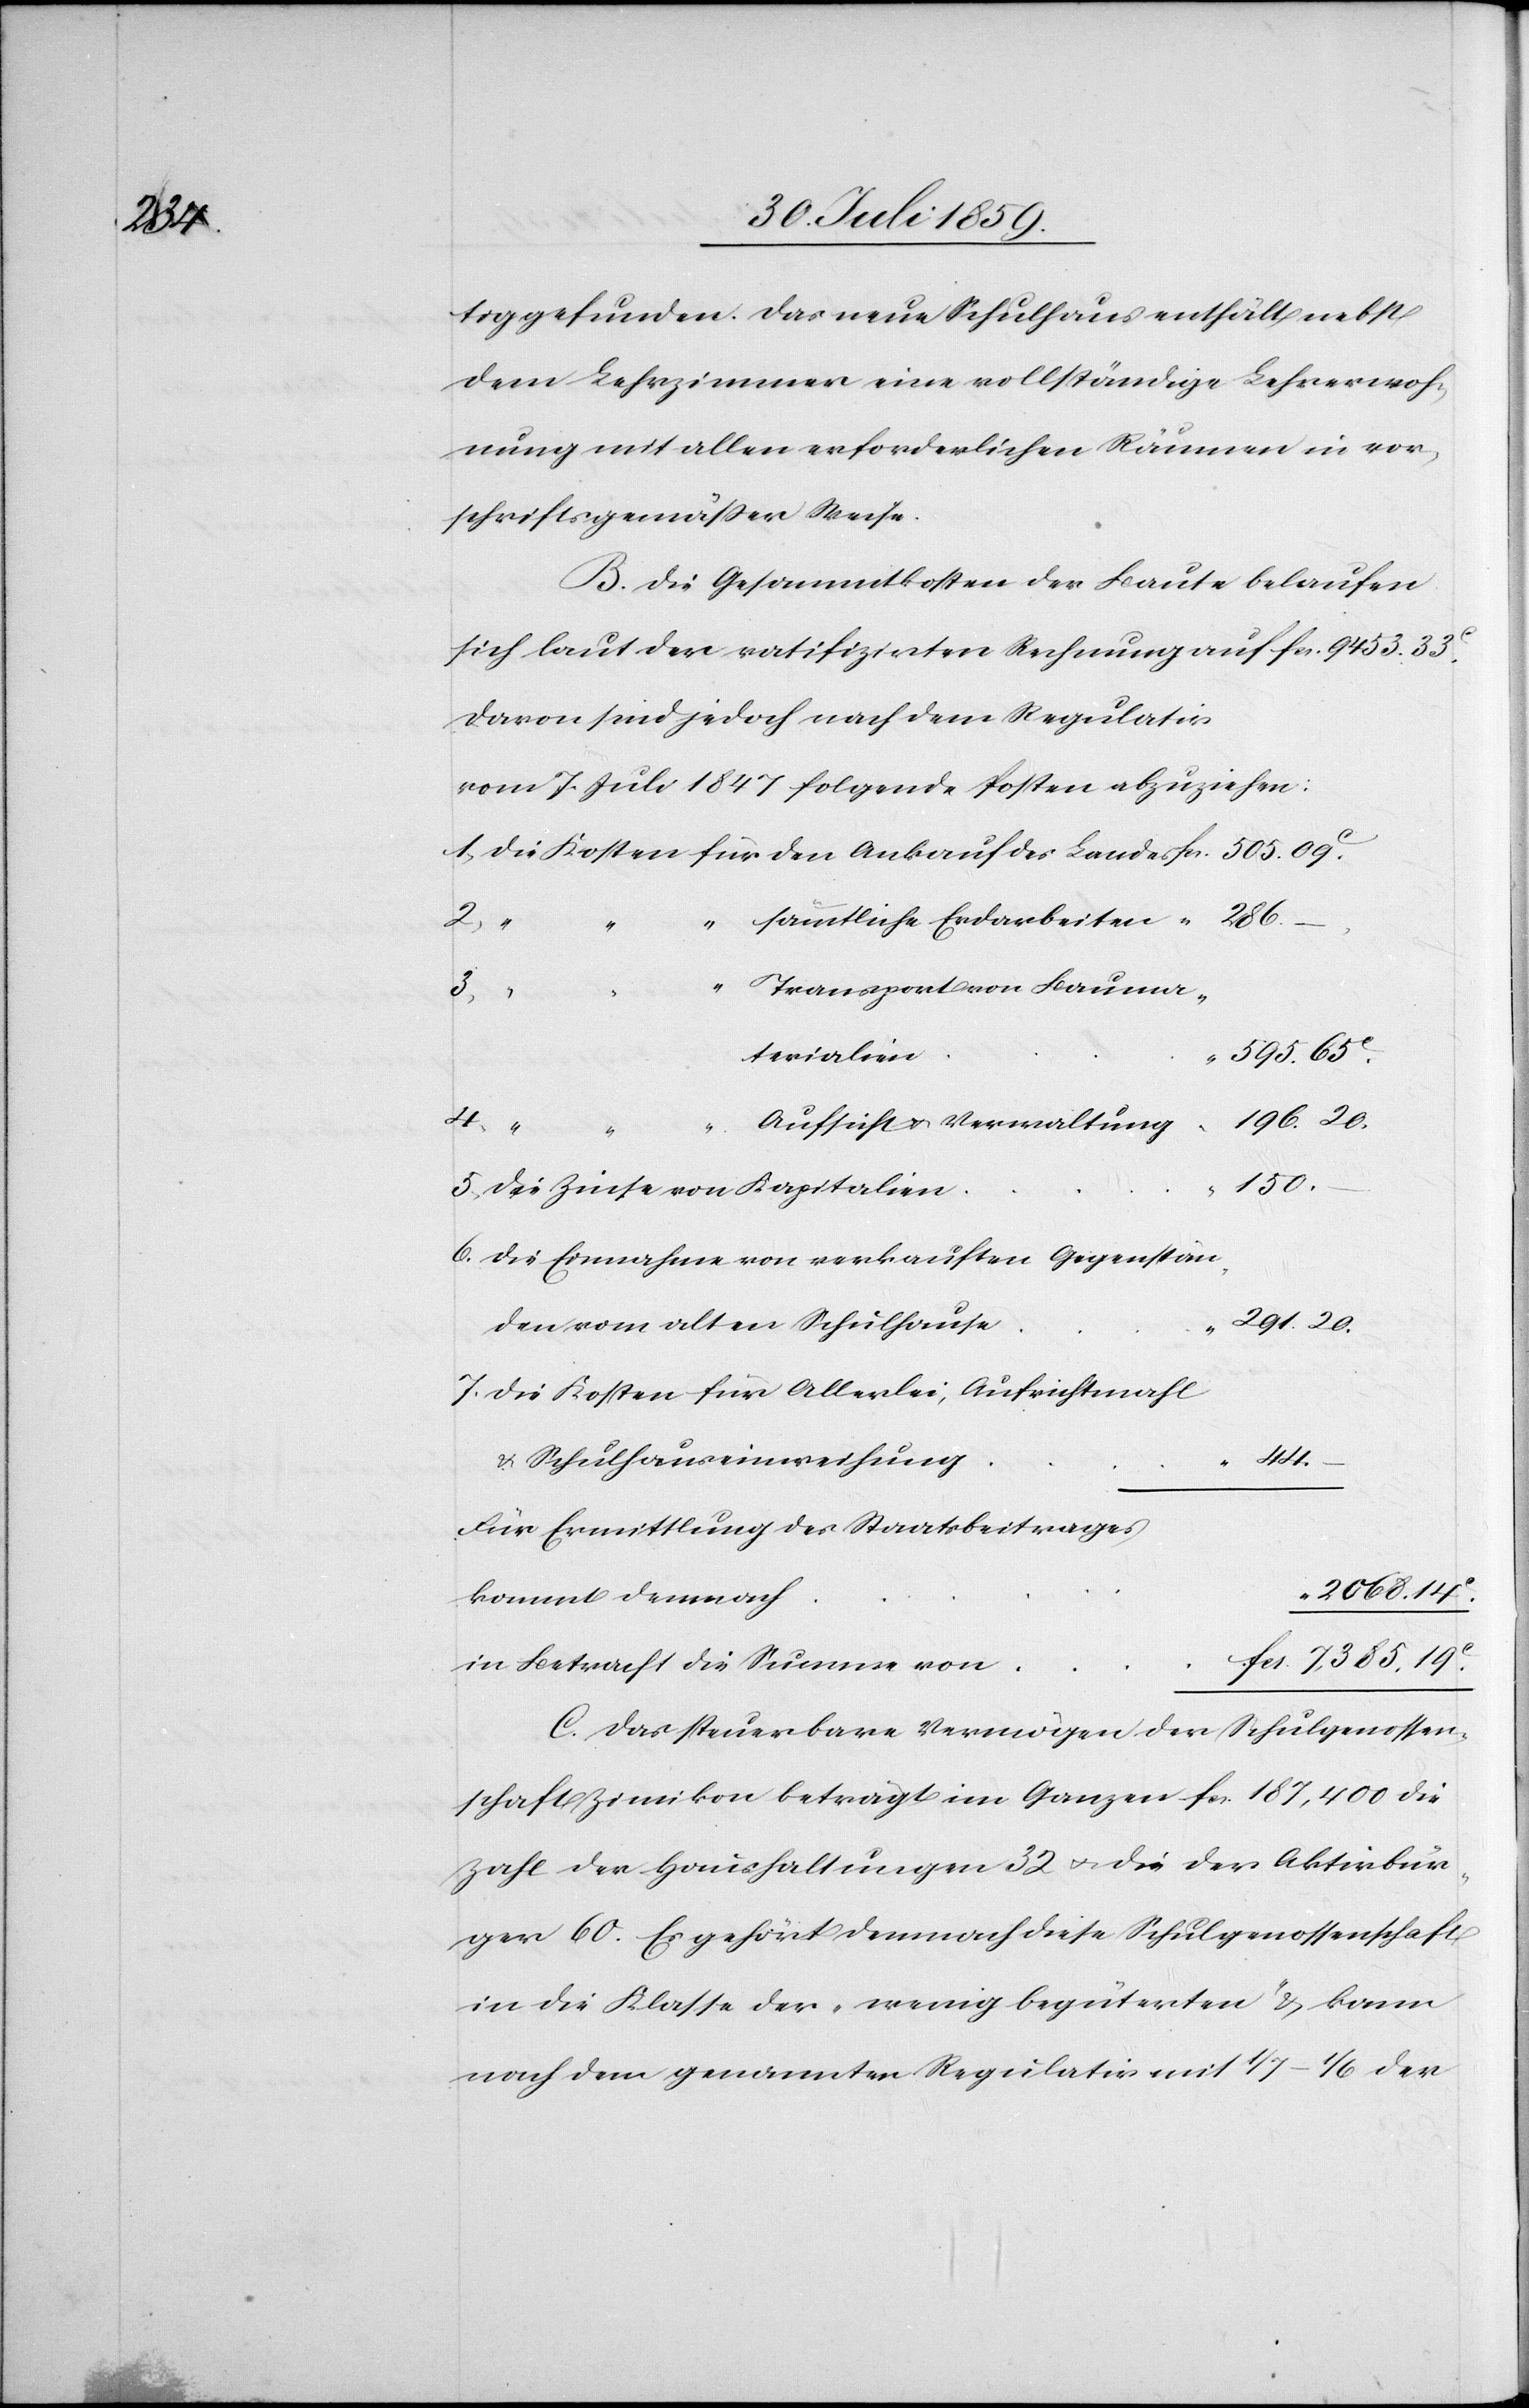
291.

tig gefunden. Das neue Schulhaus enthält nebst
dem Lehrzimmer eine vollständige Lehrerwoh¬
nung mit allen erforderlichen Räumen in vor¬
schriftsgemäßer Weise.
B. Die Gesammtkosten der Baute belaufen
sich laut der ratifizirten Rechnung auf
davon sind jedoch nach dem Regulativ
vom 7. Juli 1847 folgende Posten abzuziehen:
1. Die Kosten für den Ankauf des Landes
196
sämmtliche Erdarbeiten
“ Transport von Bauma¬
terialien
Aufsicht u. Verwaltung
20.
fcs.
150.
5. Die Zinse von Kapitalien
6. Die Einnahme von verkauften Gegenstän¬
den vom alten Schulhause
7. die Kosten für Allerlei, Aufrichtmahl
44.
u. Schulhauseinweihung
“
Für Ermittlung des Staatsbeitrages
2068.14c.
kommt demnach
in Betracht die Summe von
C. Das steuerbare Vermögen der Schulgenossen¬
schaft Zimikon beträgt im Ganzen fcs.187,400 die
Zahl der Haushaltungen 32 u. die der Aktivbür¬
ger 60. Es gehört demnach diese Schulgenossenschaft
in die Klasse der „wenig begüterten“ u. kann
nach dem genannten Regulativ mit 1/7–1/6 der